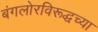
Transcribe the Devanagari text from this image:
बंगलोरविरूद्धच्या